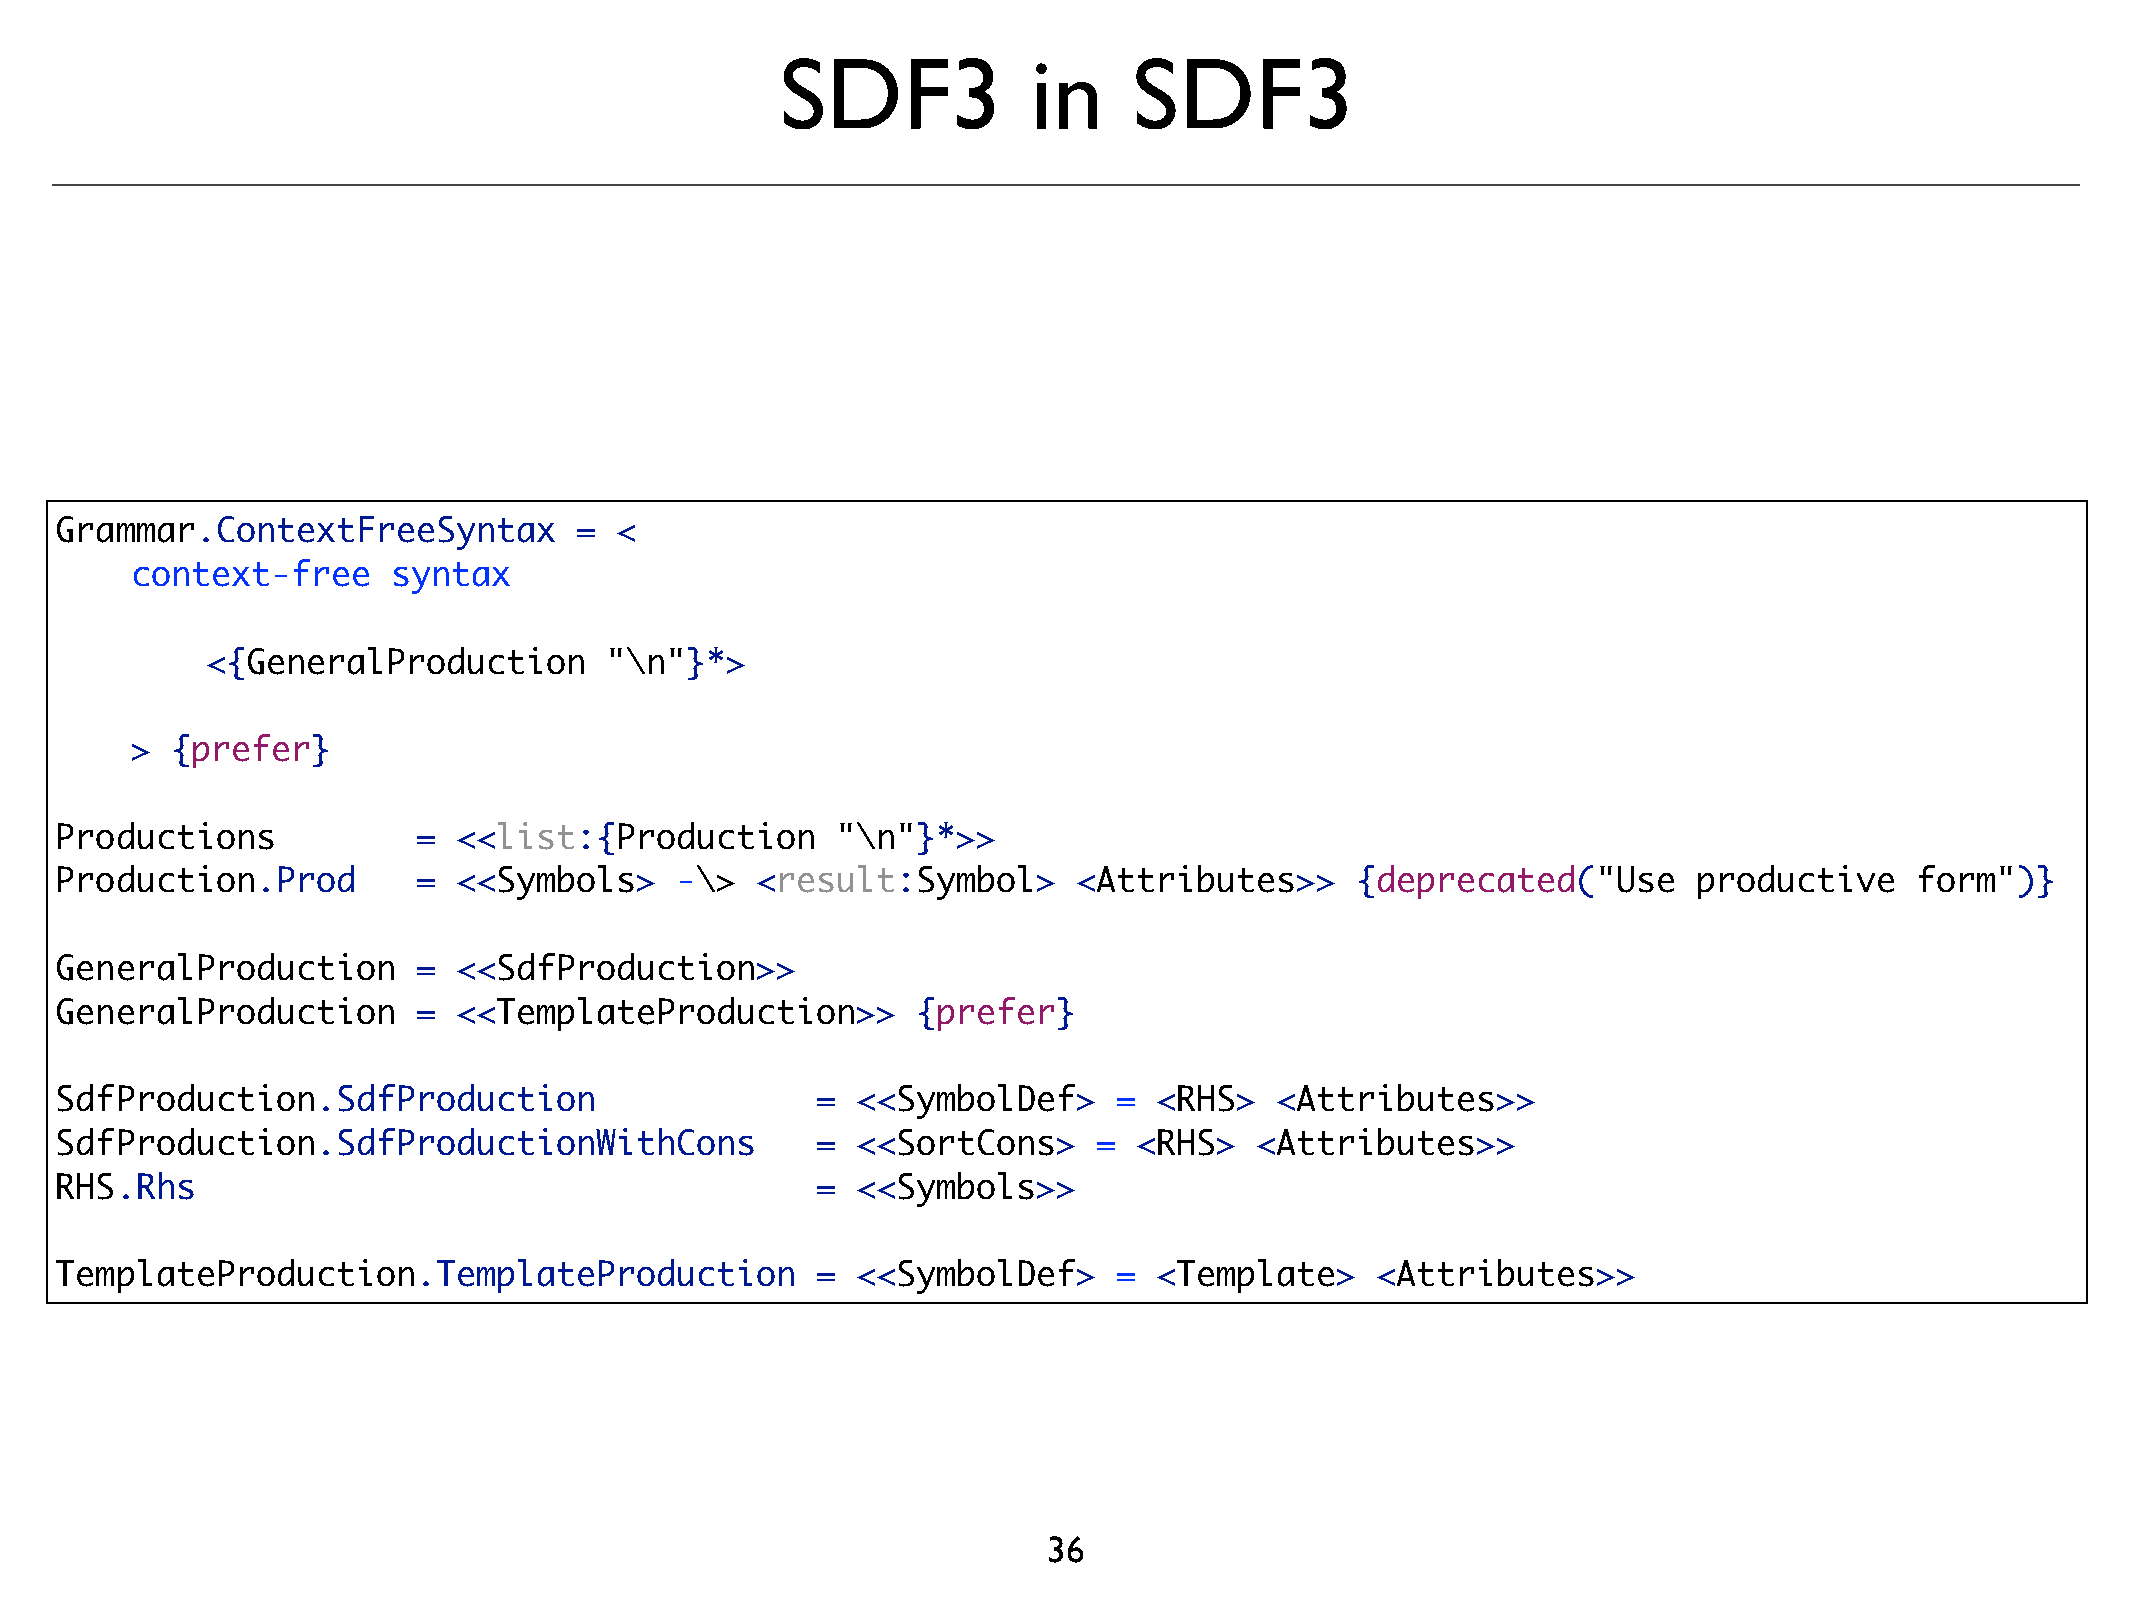
SDF3            in     SDF3
 Grammar.ContextFreeSyntax         =  <
 context-free     syntax
 <{GeneralProduction       "\n"}*>
 > {prefer}
 !
 Productions             = <<list:{Production       "\n"}*>>
 Production.Prod         = <<Symbols>     -\>  <result:Symbol>      <Attributes>>      {deprecated("Use      productive     form")}
 !
 GeneralProduction       = <<SdfProduction>>
 GeneralProduction       = <<TemplateProduction>>         {prefer}
 !
 SdfProduction.SdfProduction                       =  <<SymbolDef>     =  <RHS>  <Attributes>>
 SdfProduction.SdfProductionWithCons               =  <<SortCons>     = <RHS>   <Attributes>>
 RHS.Rhs                                           =  <<Symbols>>
 !
 TemplateProduction.TemplateProduction             =  <<SymbolDef>     =  <Template>    <Attributes>>
 36